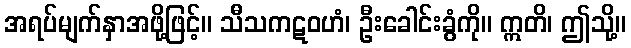
အရပ်မျက်နှာအဖို့ဖြင့်။ သီသကဋဝဟံ၊ ဦးခေါင်းခွံကို။ ဣတိ၊ ဤသို့။